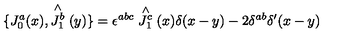
\{ J _ { 0 } ^ { a } ( x ) , \stackrel { \wedge } { J _ { 1 } ^ { b } } ( y ) \} = \epsilon ^ { a b c } \stackrel { \wedge } { J _ { 1 } ^ { c } } ( x ) \delta ( x - y ) - 2 \delta ^ { a b } \delta ^ { \prime } ( x - y )